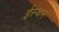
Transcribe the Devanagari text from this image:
ईस्थम